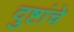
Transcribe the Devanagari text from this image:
दुष्टांचे